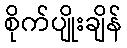
စိုက်ပျိုးချိန်